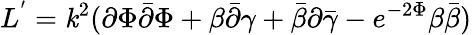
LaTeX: L^{'}=\mathit{k}^{2}({\partial{\Phi}}{\bar{{\partial}}{\Phi}}+{\beta{\bar{{\partial}}}\gamma}+{\bar{{\beta}}}{\partial{\bar{{\gamma}}}}-e^{-2{\Phi}}{\beta{\bar{{\beta}}}})